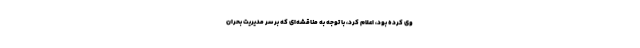
وی کرده بود، اعلام کرد، با توجه به مناقشه‌ای که بر سر مدیریت بحران